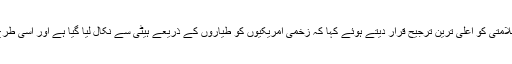
صدر اوباما نے امریکی شہریوں کی سلامتی کو اعلیٰ ترین ترجیح قرار دیتے ہوئے کہا کہ زخمی امریکیوں کو طیاروں کے ذریعے ہیٹی سے نکال لیا گیا ہے اور إِسی طرح کی مزید کارروائیاں کی جا رہی ہیں۔